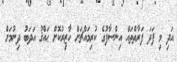
އަދި މި ފަދަ ފަރާތްތައް އިންސާފުގެ ކުރިމައްޗަށް ހާޒިރުކޮށް ޙައްޤު އަދަބު ދިނުމަށް